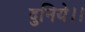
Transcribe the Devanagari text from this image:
दुनिये।।